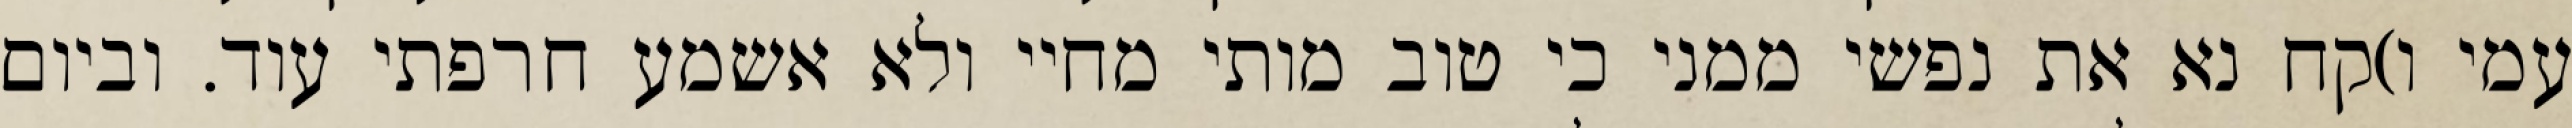
עמי ו)קח נא את נפשי ממני כי טוב מותי מחיי ולא אשמע חרפתי עוד. וביום